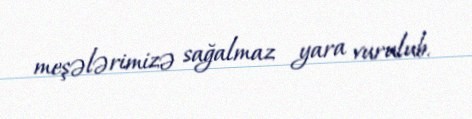
meşələrimizə sağalmaz yara vurulub.